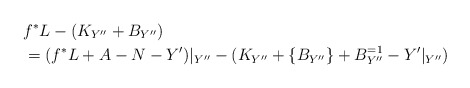
\begin{align*}&f^*L-(K_{Y''}+B_{Y''})\\&=(f^*L+A-N-Y')|_{Y''}-(K_{Y''}+\{B_{Y''}\}+B^{=1}_{Y''}-Y'|_{Y''}) \end{align*}